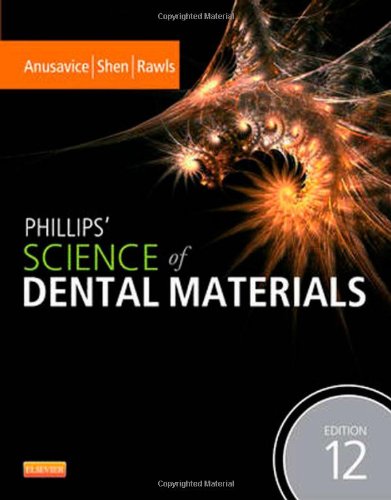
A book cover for Phillips' Science of Dental Materials, 12e (Anusavice Phillip's Science of Dental Materials); Kenneth J. Anusavice DMD  PhD; Medical Books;